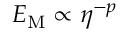
{ \cal E } _ { \mathrm { M } } \propto \eta ^ { - p }